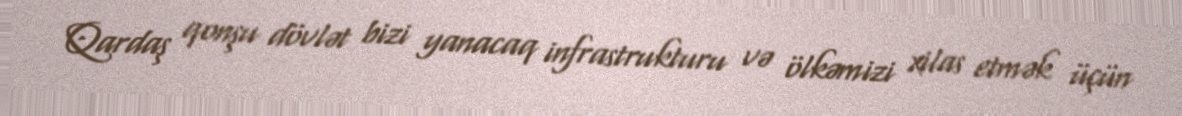
Qardaş qonşu dövlət bizi yanacaq infrastrukturu və ölkəmizi xilas etmək üçün